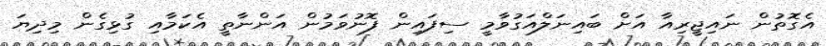
އެގޮތުން ނައިޖީރިއާ އަށް ބައިނަލްއަގުވާމީ ސިފައިން ފޮނުވަމުން އަންނާތީ އެކަމާއި ގުޅިގެން މިދިޔަ